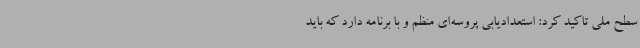
سطح ملی تاکید کرد: استعدادیابی پروسه‌ای منظم و با برنامه دارد که باید